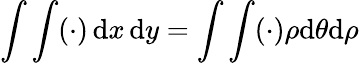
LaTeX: \int\int(\cdot)\, {\mathrm{d}}x\, {\mathrm{d}}y=\int\int(\cdot)\rho{\mathrm{d}}\theta{\mathrm{d}}\rho